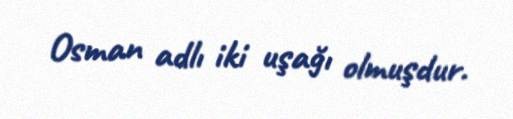
Osman adlı iki uşağı olmuşdur.